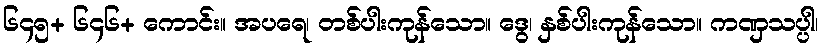
၆၄၅+ ၆၄၆+ ကောင်း။ အပရေ၊ တစ်ပါးကုန်သော။ ဒွေ၊ နှစ်ပါးကုန်သော။ ကဏှသပ္ပါ၊